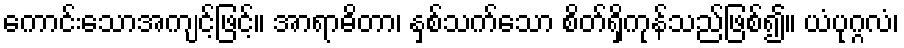
ကောင်းသောအကျင့်ဖြင့်။ အာရာဓိတာ၊ နှစ်သက်သော စိတ်ရှိကုန်သည်ဖြစ်၍။ ယံပုဂ္ဂလံ၊